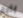
بابا